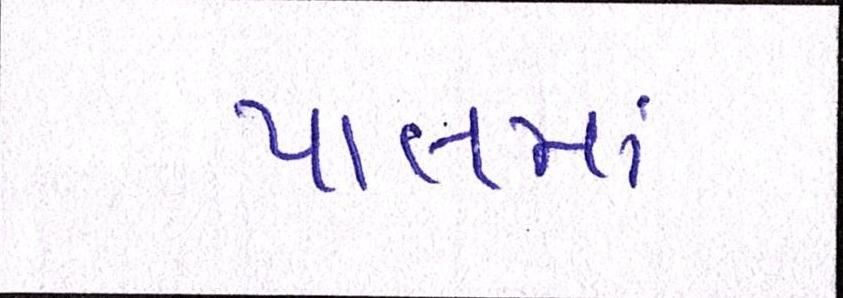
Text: પીલમાં